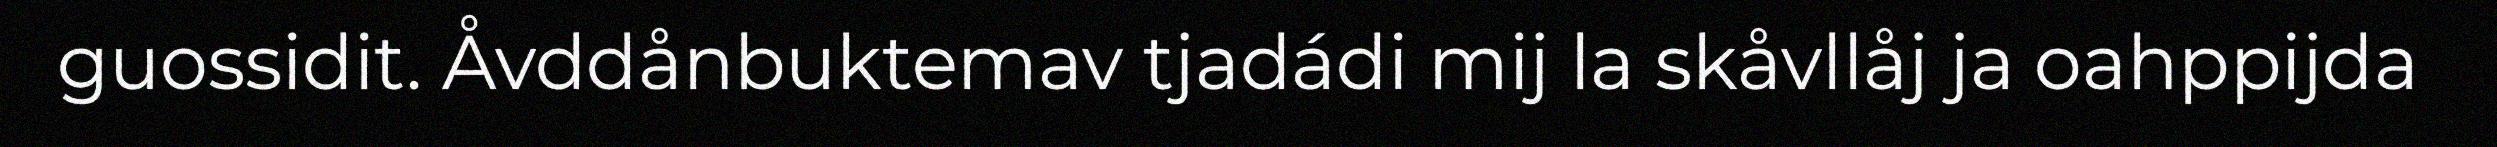
guossidit. Åvddånbuktemav tjadádi mij la skåvllåj ja oahppijda